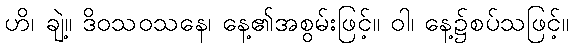
ဟိ၊ ချဲ့။ ဒိဝသဝသနေ၊ နေ့၏အစွမ်းဖြင့်။ ဝါ၊ နေ့၌စပ်သဖြင့်။